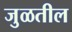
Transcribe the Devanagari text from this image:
जुळतील